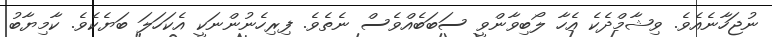
ނުޖަހާނެއެވެ. ވިޝާމްދެކެ އެހާ ލޯބިވާންވީ ސަބަބެއްވެސް ނެތެވެ. ފިރިހެނުންނަކީ އެކަހަލަ ބަޔެކެވެ. ކާމިޔާބު